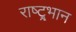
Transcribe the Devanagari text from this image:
राष्ट्र्भान